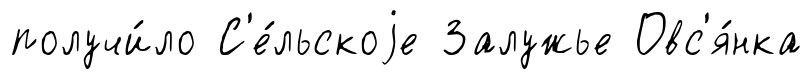
получи́ло С'е́льскоjе Залужье Овс'я́нка